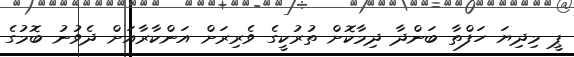
ޕީ މިދިޔަ ހަފްތާ ބަންދާ ދިމާކޮށް ތުރުކީގެ ވެރިރަށް އަންކާރާއަށް ދެވުނު ބޮމުގެ